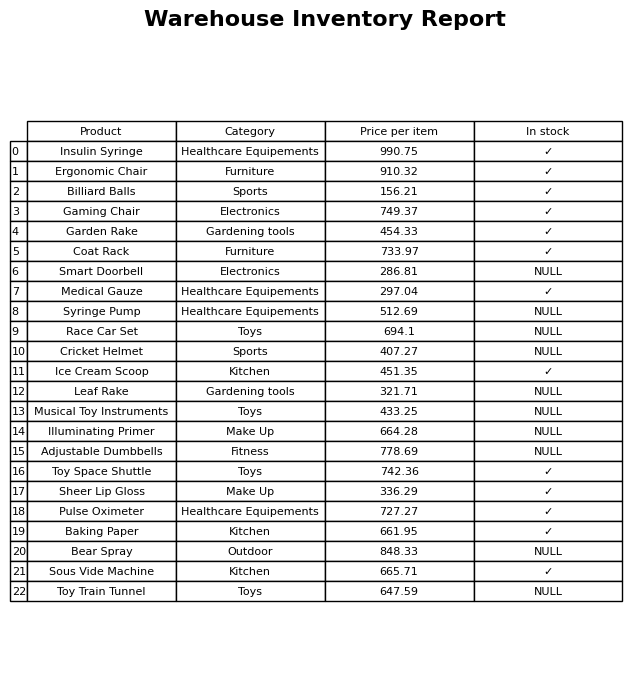
question: Which products are available in stock?
answer: Insulin Syringe, Ergonomic Chair, Billiard Balls, Gaming Chair, Garden Rake, Coat Rack, Medical Gauze, Ice Cream Scoop, Toy Space Shuttle, Sheer Lip Gloss, Pulse Oximeter, Baking Paper, Sous Vide Machine